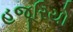
હજૂરિયો